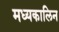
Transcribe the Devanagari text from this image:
मध्यकालिन